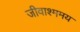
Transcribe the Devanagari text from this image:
जीवाश्ममय